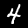
Digit: 4